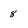
Character: 8